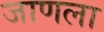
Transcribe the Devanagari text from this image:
जाणला